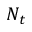
N _ { t }